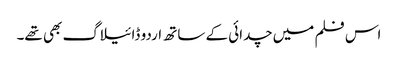
اس فلم میں چدائی کے ساتھ اردو ڈائیلاگ بھی تھے۔